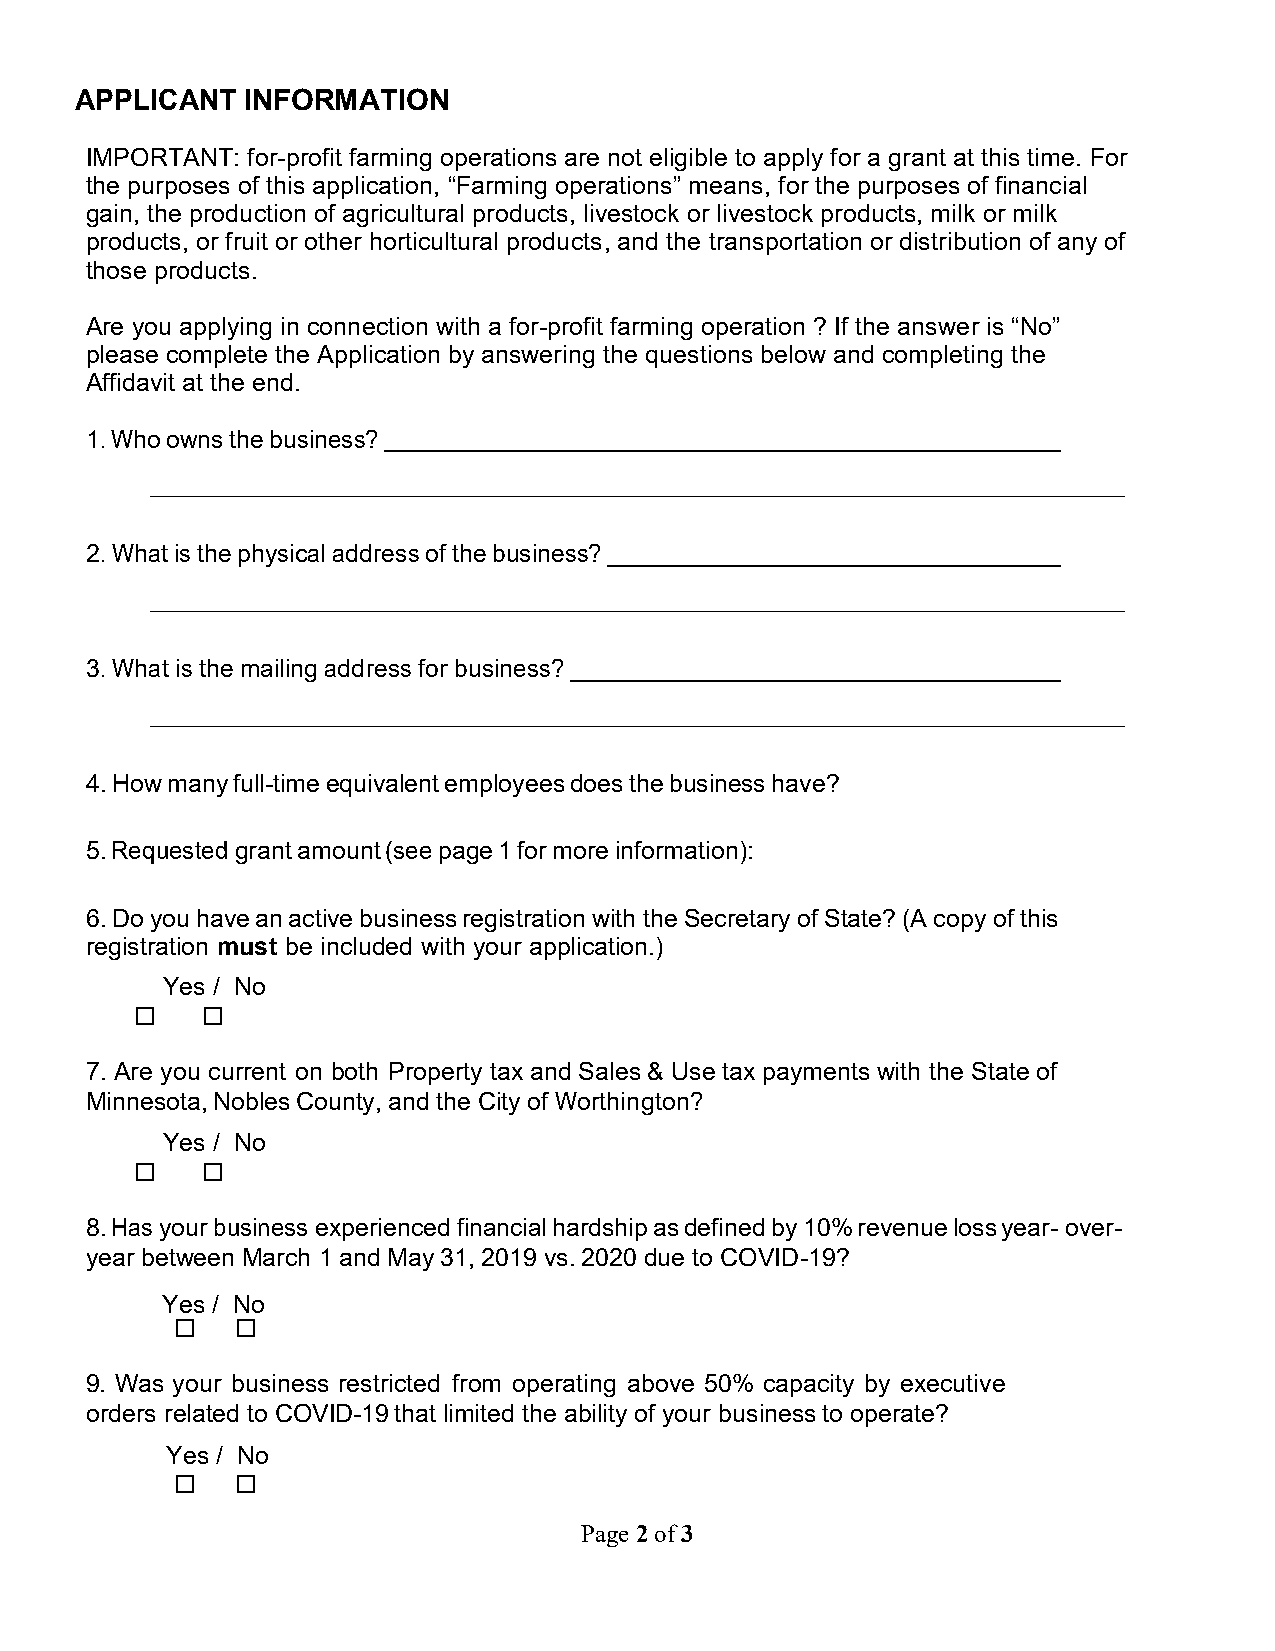
APPLICANT  INFORMATION
 IMPORTANT: for-profit farming operations are not eligible to apply for a grant at this time. For
 the purposes of this application, “Farming operations” means, for the purposes of financial
 gain, the production of agricultural products, livestock or livestock products, milk or milk
 products, or fruit or other horticultural products, and the transportation or distribution of any of
 those products.
 Are you applying in connection with a for-profit farming operation ? If the answer is “No”
 please complete the Application by answering the questions below and completing the
 Affidavit at the end.
 1.Who owns the business?
 2.What is the physical address of the business?
 3. What is the mailing address for business?
 4.How many full-time equivalent employees does the business have?
 5.Requested grant amount (see page 1 for more information):
 6.Do you have an active business registration with the Secretary of State? (A copy of this
 registration must be included with your application.)
 Yes / No
 ☐   ☐
 7. Are you current on both Property tax and Sales & Use tax payments with the State of
 Minnesota, Nobles County, and the City of Worthington?
 Yes / No
 ☐   ☐
 8.Has your business experienced financial hardship as defined by 10% revenue loss year- over-
 year between March 1 and May 31, 2019 vs. 2020 due to COVID-19?
 Yes / No
 ☐   ☐
 9. Was your business restricted from operating above 50% capacity by executive
 orders related to COVID-19 that limited the ability of your business to operate?
 Yes / No
 ☐   ☐
 Page 2 of 3